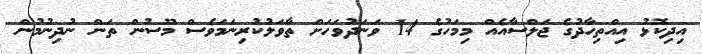
އިދިކޮޅު އިއްތިހާދުގެ ޖަލްސާއެއް މިމަހުގެ 14 ވަނަދުވަހަށް ތާވަލުކުރިނަމަވެސް މޫސުން ތަން ނުދިނުމުން